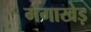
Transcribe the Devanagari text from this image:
गंगाखेड़